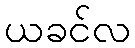
ယခင်လ